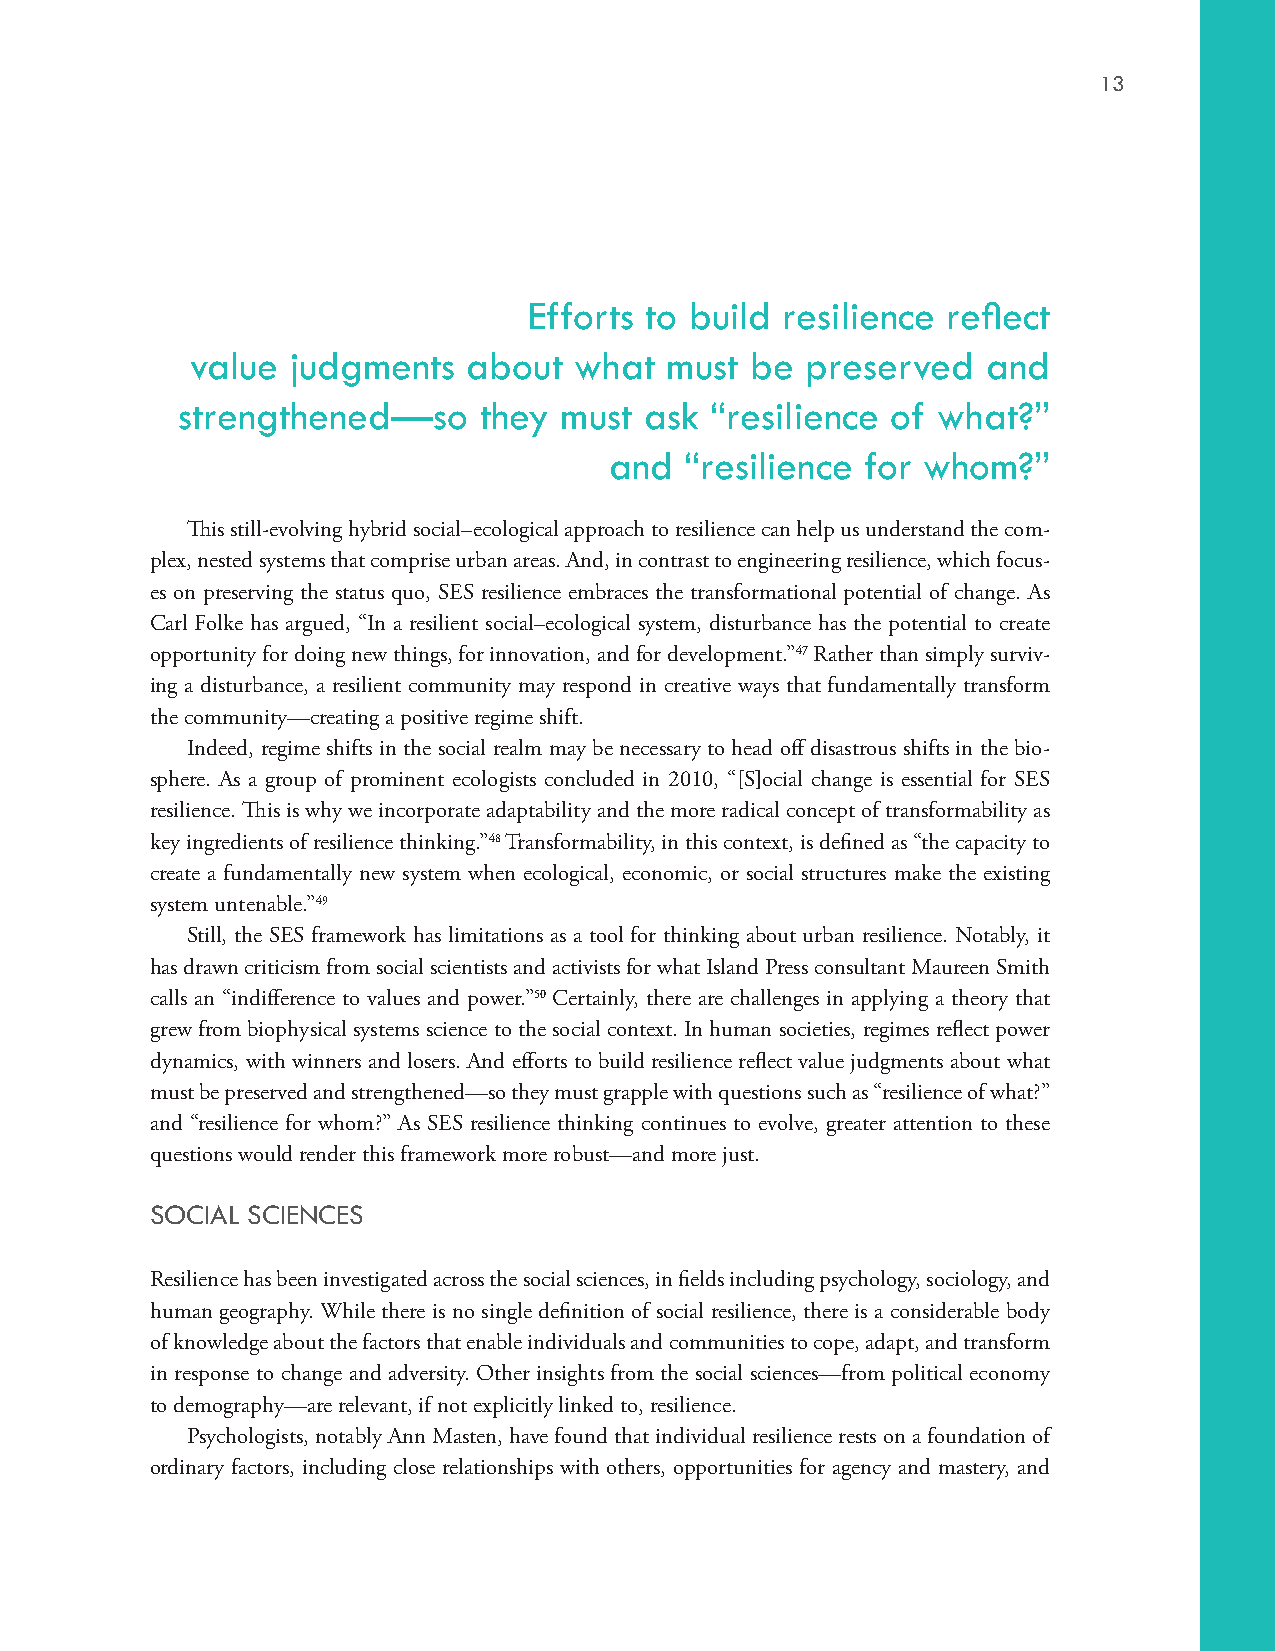
13
 Efforts to build resilience reflect
 value judgments   about  what  must  be preserved   and
 strengthened—so     they must  ask “resilience of what?”
 and  “resilience for whom?”
 This still-evolving hybrid social–ecological approach to resilience can help us understand the com-
 plex, nested systems that comprise urban areas. And, in contrast to engineering resilience, which focus-
 es on preserving the status quo, SES resilience embraces the transformational potential of change. As
 Carl Folke has argued, “In a resilient social–ecological system, disturbance has the potential to create
 opportunity for doing new things, for innovation, and for development.”47 Rather than simply surviv-
 ing a disturbance, a resilient community may respond in creative ways that fundamentally transform
 the community—creating a positive regime shift.
 Indeed, regime shifts in the social realm may be necessary to head off disastrous shifts in the bio-
 sphere. As a group of prominent ecologists concluded in 2010, “[S]ocial change is essential for SES
 resilience. This is why we incorporate adaptability and the more radical concept of transformability as
 key ingredients of resilience thinking.”48 Transformability, in this context, is defined as “the capacity to
 create a fundamentally new system when ecological, economic, or social structures make the existing
 system untenable.”49
 Still, the SES framework has limitations as a tool for thinking about urban resilience. Notably, it
 has drawn criticism from social scientists and activists for what Island Press consultant Maureen Smith
 calls an “indifference to values and power.”50 Certainly, there are challenges in applying a theory that
 grew from biophysical systems science to the social context. In human societies, regimes reflect power
 dynamics, with winners and losers. And efforts to build resilience reflect value judgments about what
 must be preserved and strengthened—so they must grapple with questions such as “resilience of what?”
 and “resilience for whom?” As SES resilience thinking continues to evolve, greater attention to these
 questions would render this framework more robust—and more just.
 SOCIAL SCIENCES
 Resilience has been investigated across the social sciences, in fields including psychology, sociology, and
 human geography. While there is no single definition of social resilience, there is a considerable body
 of knowledge about the factors that enable individuals and communities to cope, adapt, and transform
 in response to change and adversity. Other insights from the social sciences—from political economy
 to demography—are relevant, if not explicitly linked to, resilience.
 Psychologists, notably Ann Masten, have found that individual resilience rests on a foundation of
 ordinary factors, including close relationships with others, opportunities for agency and mastery, and